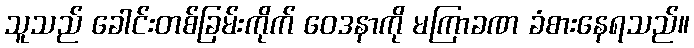
သူသည် ခေါင်းတစ်ခြမ်းကိုက် ဝေဒနာကို မကြာခဏ ခံစားနေရသည်။